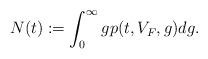
LaTeX: \begin{align*}N(t):=\int_{0}^{\infty}gp(t,V_F,g)dg.\end{align*}